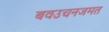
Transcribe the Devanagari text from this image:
बवउचनजमत